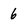
Character: 6